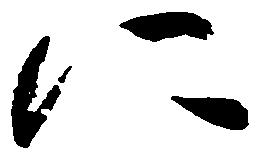
に